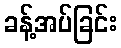
ခန့်အပ်ခြင်း